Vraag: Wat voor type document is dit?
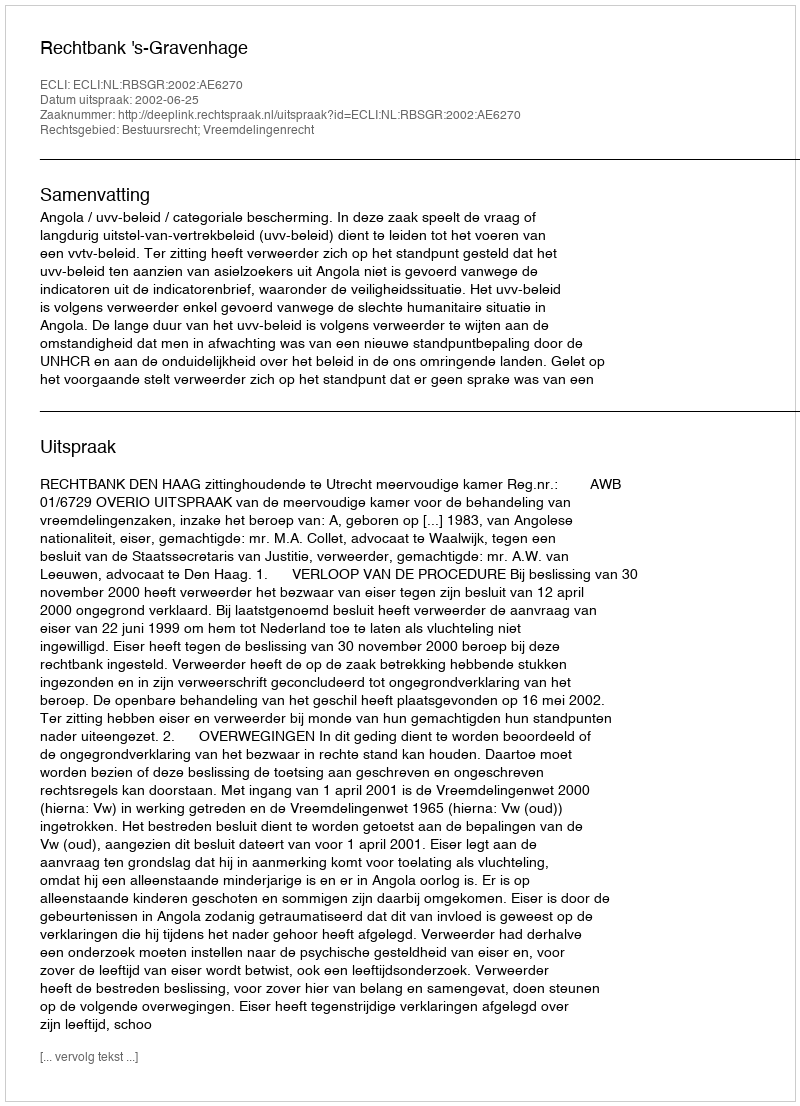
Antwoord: Uitspraak